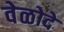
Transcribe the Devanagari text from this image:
वेळोदे